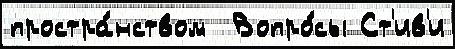
простра́нством  Вопро́сы Ст'ив'и